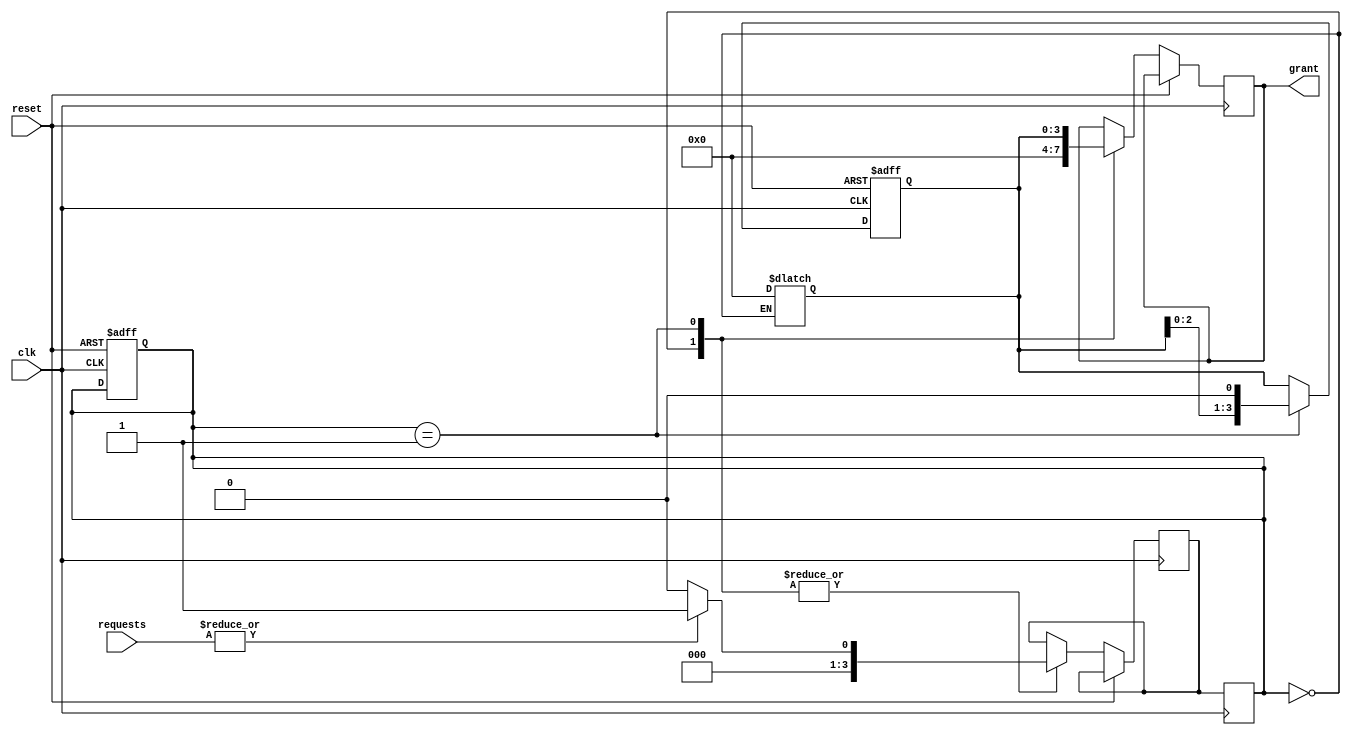
module round_robin_arbiter #(parameter N = 4)(
    input wire clk,
    input wire reset,
    input wire [N-1:0] requests,
    output reg [N-1:0] grant
);

// define states
parameter IDLE = 2'b00;
parameter GRANT = 2'b01;

// define internal signals
reg [N-1:0] priority;
reg [N-1:0] state;
reg [N-1:0] next_state;

always @ (posedge clk or posedge reset) begin
    if (reset) begin
        priority <= {N{1'b0}};
        state <= IDLE;
    end else begin
        case (state)
            IDLE: begin
                grant <= {N{1'b0}};
                if (|requests) begin
                    next_state <= GRANT;
                end else begin
                    next_state <= IDLE;
                end
            end
            GRANT: begin
                grant <= priority;
                priority <= priority << 1;
                if (|requests) begin
                    next_state <= GRANT;
                end else begin
                    next_state <= IDLE;
                end
            end
        endcase
    end
end

always @ (*) begin
    if (state == IDLE) begin
        priority <= {N{1'b0}};
    end else begin
        priority <= priority;
    end
end

always @ (posedge clk) begin
    state <= next_state;
end

endmodule